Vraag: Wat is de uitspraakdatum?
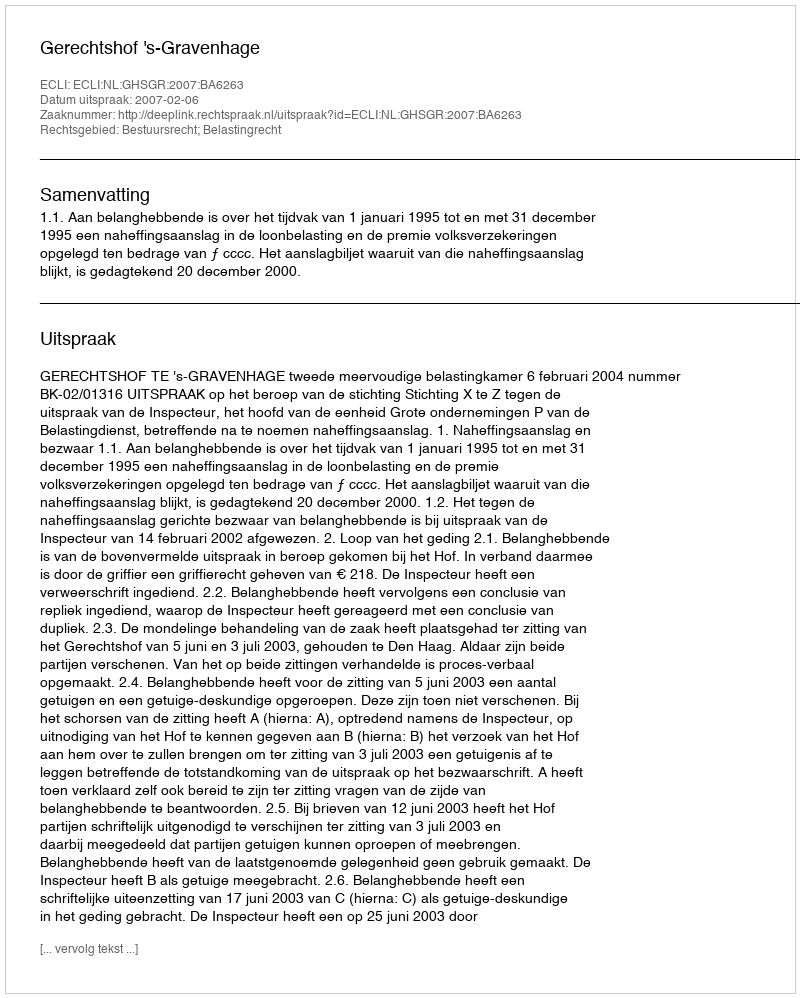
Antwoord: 2007-02-06